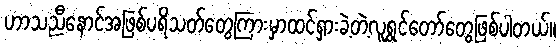
ဟာသညီနောင်အဖြစ်ပရိသတ်တွေကြားမှာထင်ရှားခဲ့တဲ့လူရွှင်တော်တွေဖြစ်ပါတယ်။